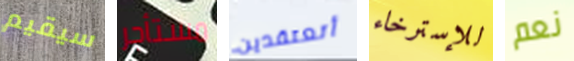
سيقيم مستأجر أتعتقدين للإسترخاء نعم